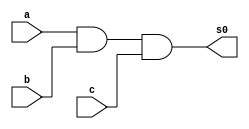
//
//exercicioguia_05
//Nome:Eneas
//Numero:376507
//----------------------------------------------------------------
module andgate(s0,a,b,c);
output s0;
input a,b,c;
assign s0=(a&b&c);
endmodule //andgate
module primeiraparte;
reg a,b,c;
wire s0,s1;
andgate AND1(s0,a,b,c);
//usando o display
initial begin
   $display ("exercicioguia_05");
   $display ("andgate");
   $display ("\na & b=s0\n");
   a=0;b=0;c=0;
#1 $display ("%b &%b &%b=%b ",a,b,c,s0);
   a=0;b=0;c=1;
#1 $display ("%b &%b &%b=%b ",a,b,c,s0);
   a=0;b=1;c=0;
#1 $display ("%b &%b &%b=%b ",a,b,c,s0);
   a=0;b=1;c=1;
#1 $display ("%b &%b &%b=%b ",a,b,c,s0);
   a=1;b=0;c=0;
#1 $display ("%b &%b &%b=%b ",a,b,c,s0);
   a=1;b=0;c=1;
#1 $display ("%b &%b &%b=%b ",a,b,c,s0);
   a=1;b=1;c=0;
#1 $display ("%b &%b &%b=%b ",a,b,c,s0);
   a=1;b=1;c=1;
#1 $display ("%b &%b &%b=%b ",a,b,c,s0);
end
endmodule //andgate

//achando a outra parte
module xorgate(s1,a,b,c);
output s1;
input a,b,c;
assign s1 =(a|b|c);
endmodule // xorgate
module segundaparte;
reg a,b,c;
wire s0,s1;
xorgate XOR1(s1,a,b,c);
//usando o display
initial begin
     $display ("exerciciogia_04");
	  $display ("xorgate");
	  $display ("\na |b =s1 \n");
	  a=0;b=0;c=0;
 #1  $display("%b |%b|%b=%b ",a,b,c,s1);
     a=0;b=0;c=1;
 #1  $display("%b |%b|%b=%b ",a,b,c,s1);
     a=0;b=1;c=0;
 #1  $display("%b |%b|%b=%b ",a,b,c,s1);
     a=0;b=1;c=1;	
 #1  $display("%b |%b|%b=%b ",a,b,c,s1);
  	  a=1;b=0;c=0;
 #1  $display("%b |%b|%b=%b ",a,b,c,s1);
     a=1;b=0;c=1;	  
 #1  $display("%b |%b|%b=%b ",a,b,c,s1);
	  a=1;b=1;c=0; 
 #1  $display("%b |%b|%b=%b ",a,b,c,s1);
     a=1;b=1;c=1; 
 #1  $display("%b |%b|%b=%b ",a,b,c,s1);
 
end
endmodule //xorgate	
//exercicioguia_05_testand

module test_and;
reg [0:0] a;
reg [1:0] b;
reg [2:0] c;

//parte principal

initial begin
   $display("exercicio_05_test");
	$display("module test_and ");
	a=1;
	b=1;
	c=1;
	$display ("\n Positive value ");
	$display ("a=%b =1b ",a,a);
	$display ("a=%b =1b ",b,b);
	$display ("a=%b =1b ",c,c);
	
	$display ("\nNegative value ");
	$display ("a=%b =0b ",a,a);
	$display ("a=%b =1b ",b,b);
	$display ("a=%b =2b ",c,c);
	
	$display ("\nNegative mixed expression ");
	$display ("a=%b= 0b ",a,a);
	$display ("a=%b= 1b ",b,b);
	$display ("a=%b= 2b ",c,c);
	a=1+1+1;
	b=3-1+9+1;
	
	$display ("\nOverflow");
	$display ("a=%b =0b ",a,a);
	$display ("a=%b =1b ",b,b);
	$display ("a=%b =2b ",c,c);
	end
	endmodule //test_and
	//------------------------------------------------------------
	//agora o teste para a xor
	//exercicioguia0_05_testxor
	module test_xor;	
	reg [0:0] a;
   reg [1:0] b;
   reg [2:0] c;
	//parte principal

initial begin
   $display("exercicio_05_test");
	$display("module test_xor ");
	a=1;
	b=1;
	c=1;
	$display ("\n Positive value ");
	$display ("a=%b =1b ",a,a);
	$display ("a=%b =1b ",b,b);
	$display ("a=%b =1b ",c,c);
	
	$display ("\nNegative value ");
	$display ("a=%b =0b ",a,a);
	$display ("a=%b =1b ",b,b);
	$display ("a=%b =2b ",c,c);
	
	$display ("\nNegative mixed expression ");
	$display ("a=%b= 0b ",a,a);
	$display ("a=%b= 1b ",b,b);
	$display ("a=%b= 2b ",c,c);
	a=1+1+1;
	b=3-1+9+1;
	
	$display ("\nOverflow");
	$display ("a=%b =0b ",a,a);
	$display ("a=%b =1b ",b,b);
	$display ("a=%b =2b ",c,c);
	end
	endmodule // test_xor		
	
// OBS.: REVER OS OBJETIVOS. NAO FORAM IDENTIFICADAS AS FUNCOES REQUERIDAS.